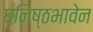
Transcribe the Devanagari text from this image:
घनिष्ठभावेन